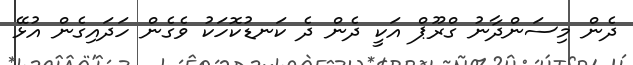
ދެން މިސަންދާނު ގްރޫޕް އަކީ ދެން ދެ ކަނޑުކޮހަކު ވެގެން ހަދައިގެން އުޅޭ